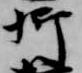
卿